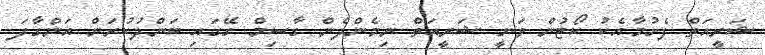
ޝަރީއަތް ފެށުމާއެކު ކޯޓުން ވަނީ ޝަރީއަތް ނިމެންދެން ގާސިމް ގޭގައި ބަންދުކުރަން އަންގާފަ